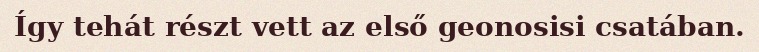
Így tehát részt vett az első geonosisi csatában.